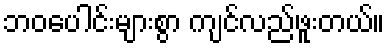
ဘဝပေါင်းများစွာ ကျင်လည်ဖူးတယ်။